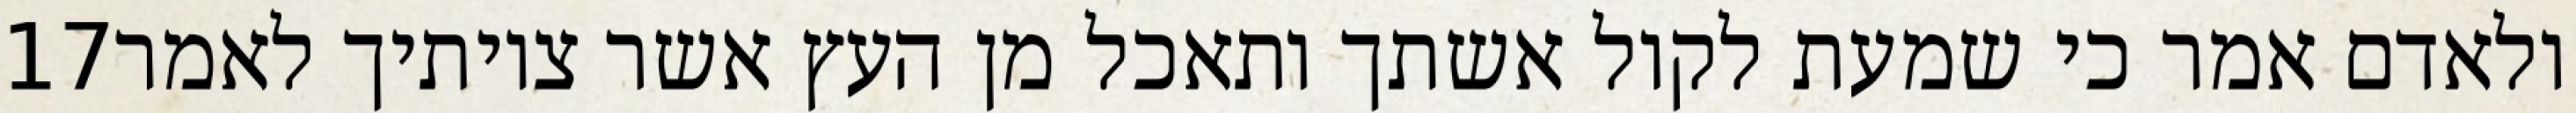
‎17‏ ולאדם אמר כי שמעת לקול אשתך ותאכל מן העץ אשר צויתיך לאמר